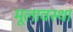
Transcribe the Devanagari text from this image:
मूलावस्था